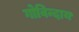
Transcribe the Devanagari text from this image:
गोविन्दाय